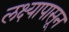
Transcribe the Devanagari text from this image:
लक्ष्यापासून